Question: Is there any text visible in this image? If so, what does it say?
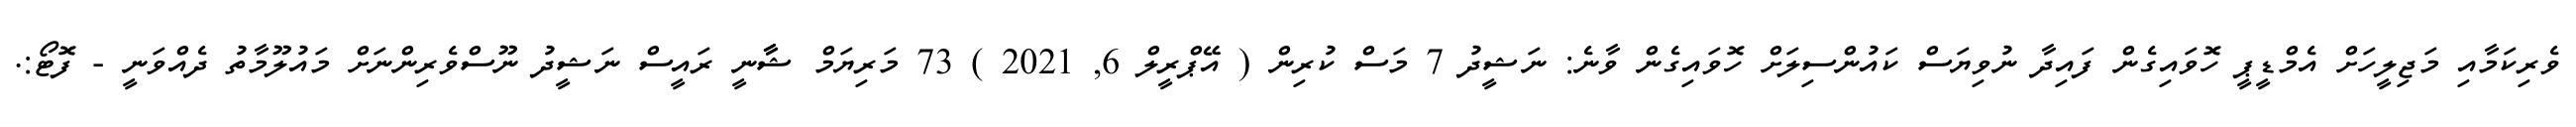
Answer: ވެރިކަމާއި މަޖިލީހަށް އެމްޑީޕީ ހޮވައިގެން ފައިދާ ނުވިޔަސް ކައުންސިލަށް ހޮވައިގެން ވާނެ: ނަޝީދު 7 މަސް ކުރިން ( އޭޕްރީލް 6, 2021 ) 73 މަރިޔަމް ޝާާނީ ރައީސް ނަޝީދު ނޫސްވެރިންނަށް މައުލޫމާތު ދެއްވަނީ - ފޮޓޯ:.